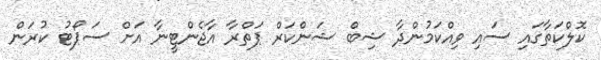
ކޮލްކަތާގައި ސައި ވިއްކަމުންދާ ޝިބް ޝަންކަރް ޕަތްރާ އާޖެންޓީނާ އަށް ސަޕޯޓު ކުރަން